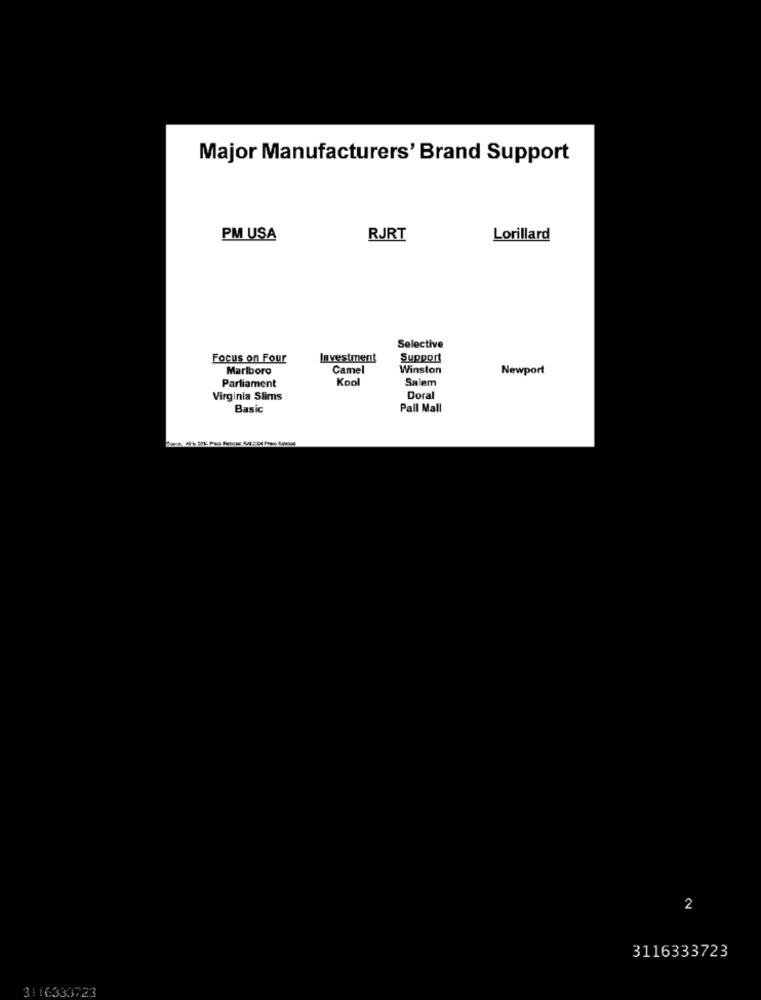
Major Manufacturers' Brand Support
PM USA
RJRT
Lorillard
Selective
Focus on Four
Investment
Support
Marlboro
Camel
Winston
Newport
Parliament
Kool
Salem
Virginia Slims
Doral
Basic
Pall Mall
2
3116333723
3116333723